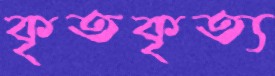
কৃতকৃত্য